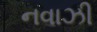
નવાઝી